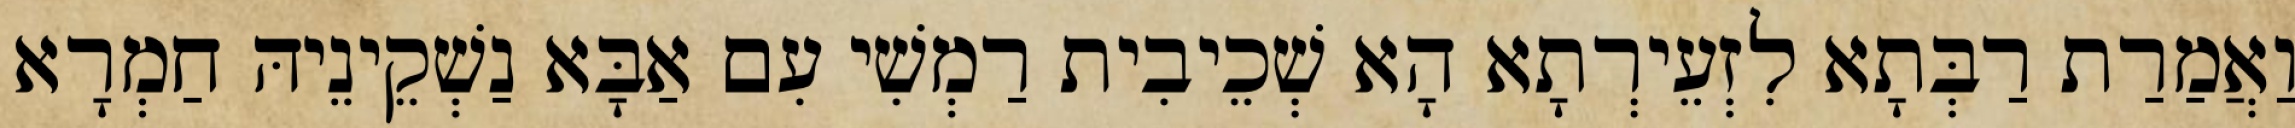
וַאֲמַרַת רַבְּתָא לִזְעֵירְתָא הָא שְׁכֵיבִית רַמְשִׁי עִם אַבָּא נַשְׁקֵינֵיהּ חַמְרָא